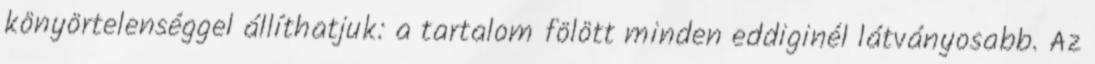
könyörtelenséggel állíthatjuk: a tartalom fölött minden eddiginél látványosabb. Az